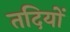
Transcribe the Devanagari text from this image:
तदियों